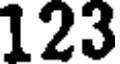
123